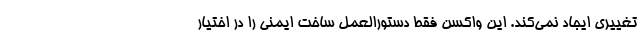
تغییری ایجاد نمی‌کند. این واکسن فقط دستورالعمل ساخت ایمنی را در اختیار